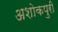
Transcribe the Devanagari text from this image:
अशोकपुरी